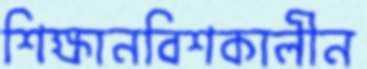
শিক্ষানবিশকালীন